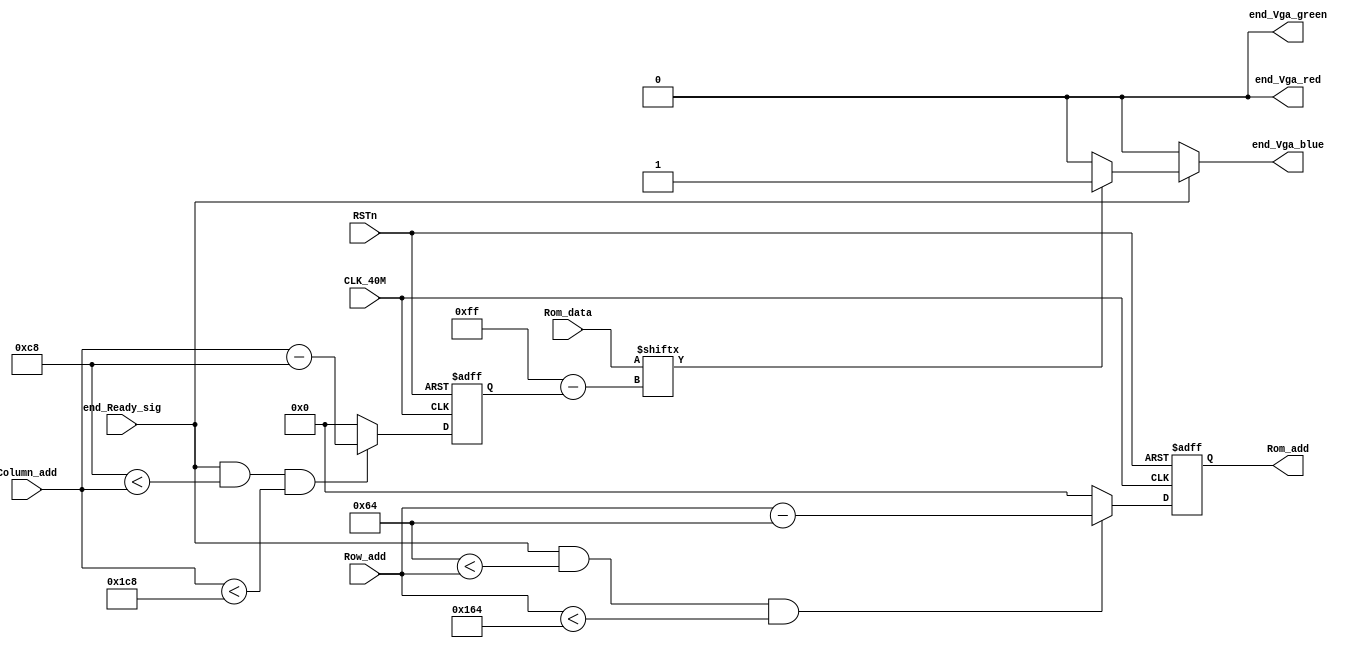
// This program was cloned from: https://github.com/Manistein/let-us-build-a-computer-system
// License: MIT License

module end_Vga_control		//VGA
(
	input CLK_40M,
	input RSTn,
	input end_Ready_sig,
	
	input [10:0] Row_add,
	input [10:0] Column_add,
	input [255:0] Rom_data,
	output [10:0] Rom_add,
	output end_Vga_red,
	output end_Vga_green,
	output end_Vga_blue
);
	reg [10:0] m;
	reg [10:0] n;
	always @ (posedge CLK_40M or negedge RSTn)
	begin
		if(!RSTn)
			begin
				m <= 11'd 0;
				n <= 11'd 0;
			end
		else
			begin//
				n <= (end_Ready_sig && ((11'd0 + 11'd200) < Column_add ) && (Column_add < (11'd 256 + 11'd200)))?		(Column_add [10:0] - 11'd200	)	:	11'd 0;
				m <= (end_Ready_sig && ((11'd0 + 11'd100) < Row_add ) && (Row_add < (11'd 256 + 11'd100)))?				(Row_add [10:0] - 11'd100		)	:	11'd 0;		
			end	
	end
	
	assign Rom_add = m;
	
	assign end_Vga_red = (end_Ready_sig )?			(		(Rom_data [11'd 255 - n])?		1'b0	:		1'b0		)				:	1'd 0;
	assign end_Vga_green = (end_Ready_sig )?		(		(Rom_data [11'd 255 - n])?		1'b0	:		1'b0		)				:	1'd 0;

	assign end_Vga_blue = (end_Ready_sig )?	(	(Rom_data [11'd 255 - n])?		1'b1		:		1'b0		):	1'b0;
	//****************************!!!!!!!!!!!!!!!!!!!!!!!!!!!!!!!!!!!!!!!!
	
		
endmodule